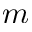
m